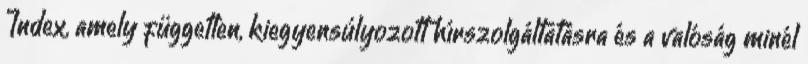
Index, amely független, kiegyensúlyozott hírszolgáltatásra és a valóság minél